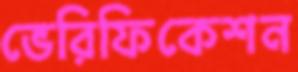
ভেরিফিকেশন